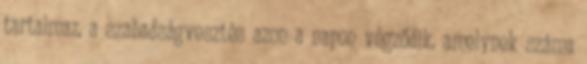
tartalmaz, a szabadságvesztés azon a napon végződik, amelynek száma